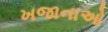
ખજાનાઓ